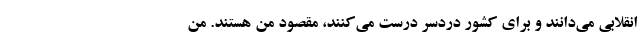
انقلابی می‌دانند و برای کشور دردسر درست می‌کنند، مقصود من هستند. من